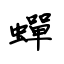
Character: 蟬